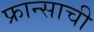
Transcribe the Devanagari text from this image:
फ्रान्साची